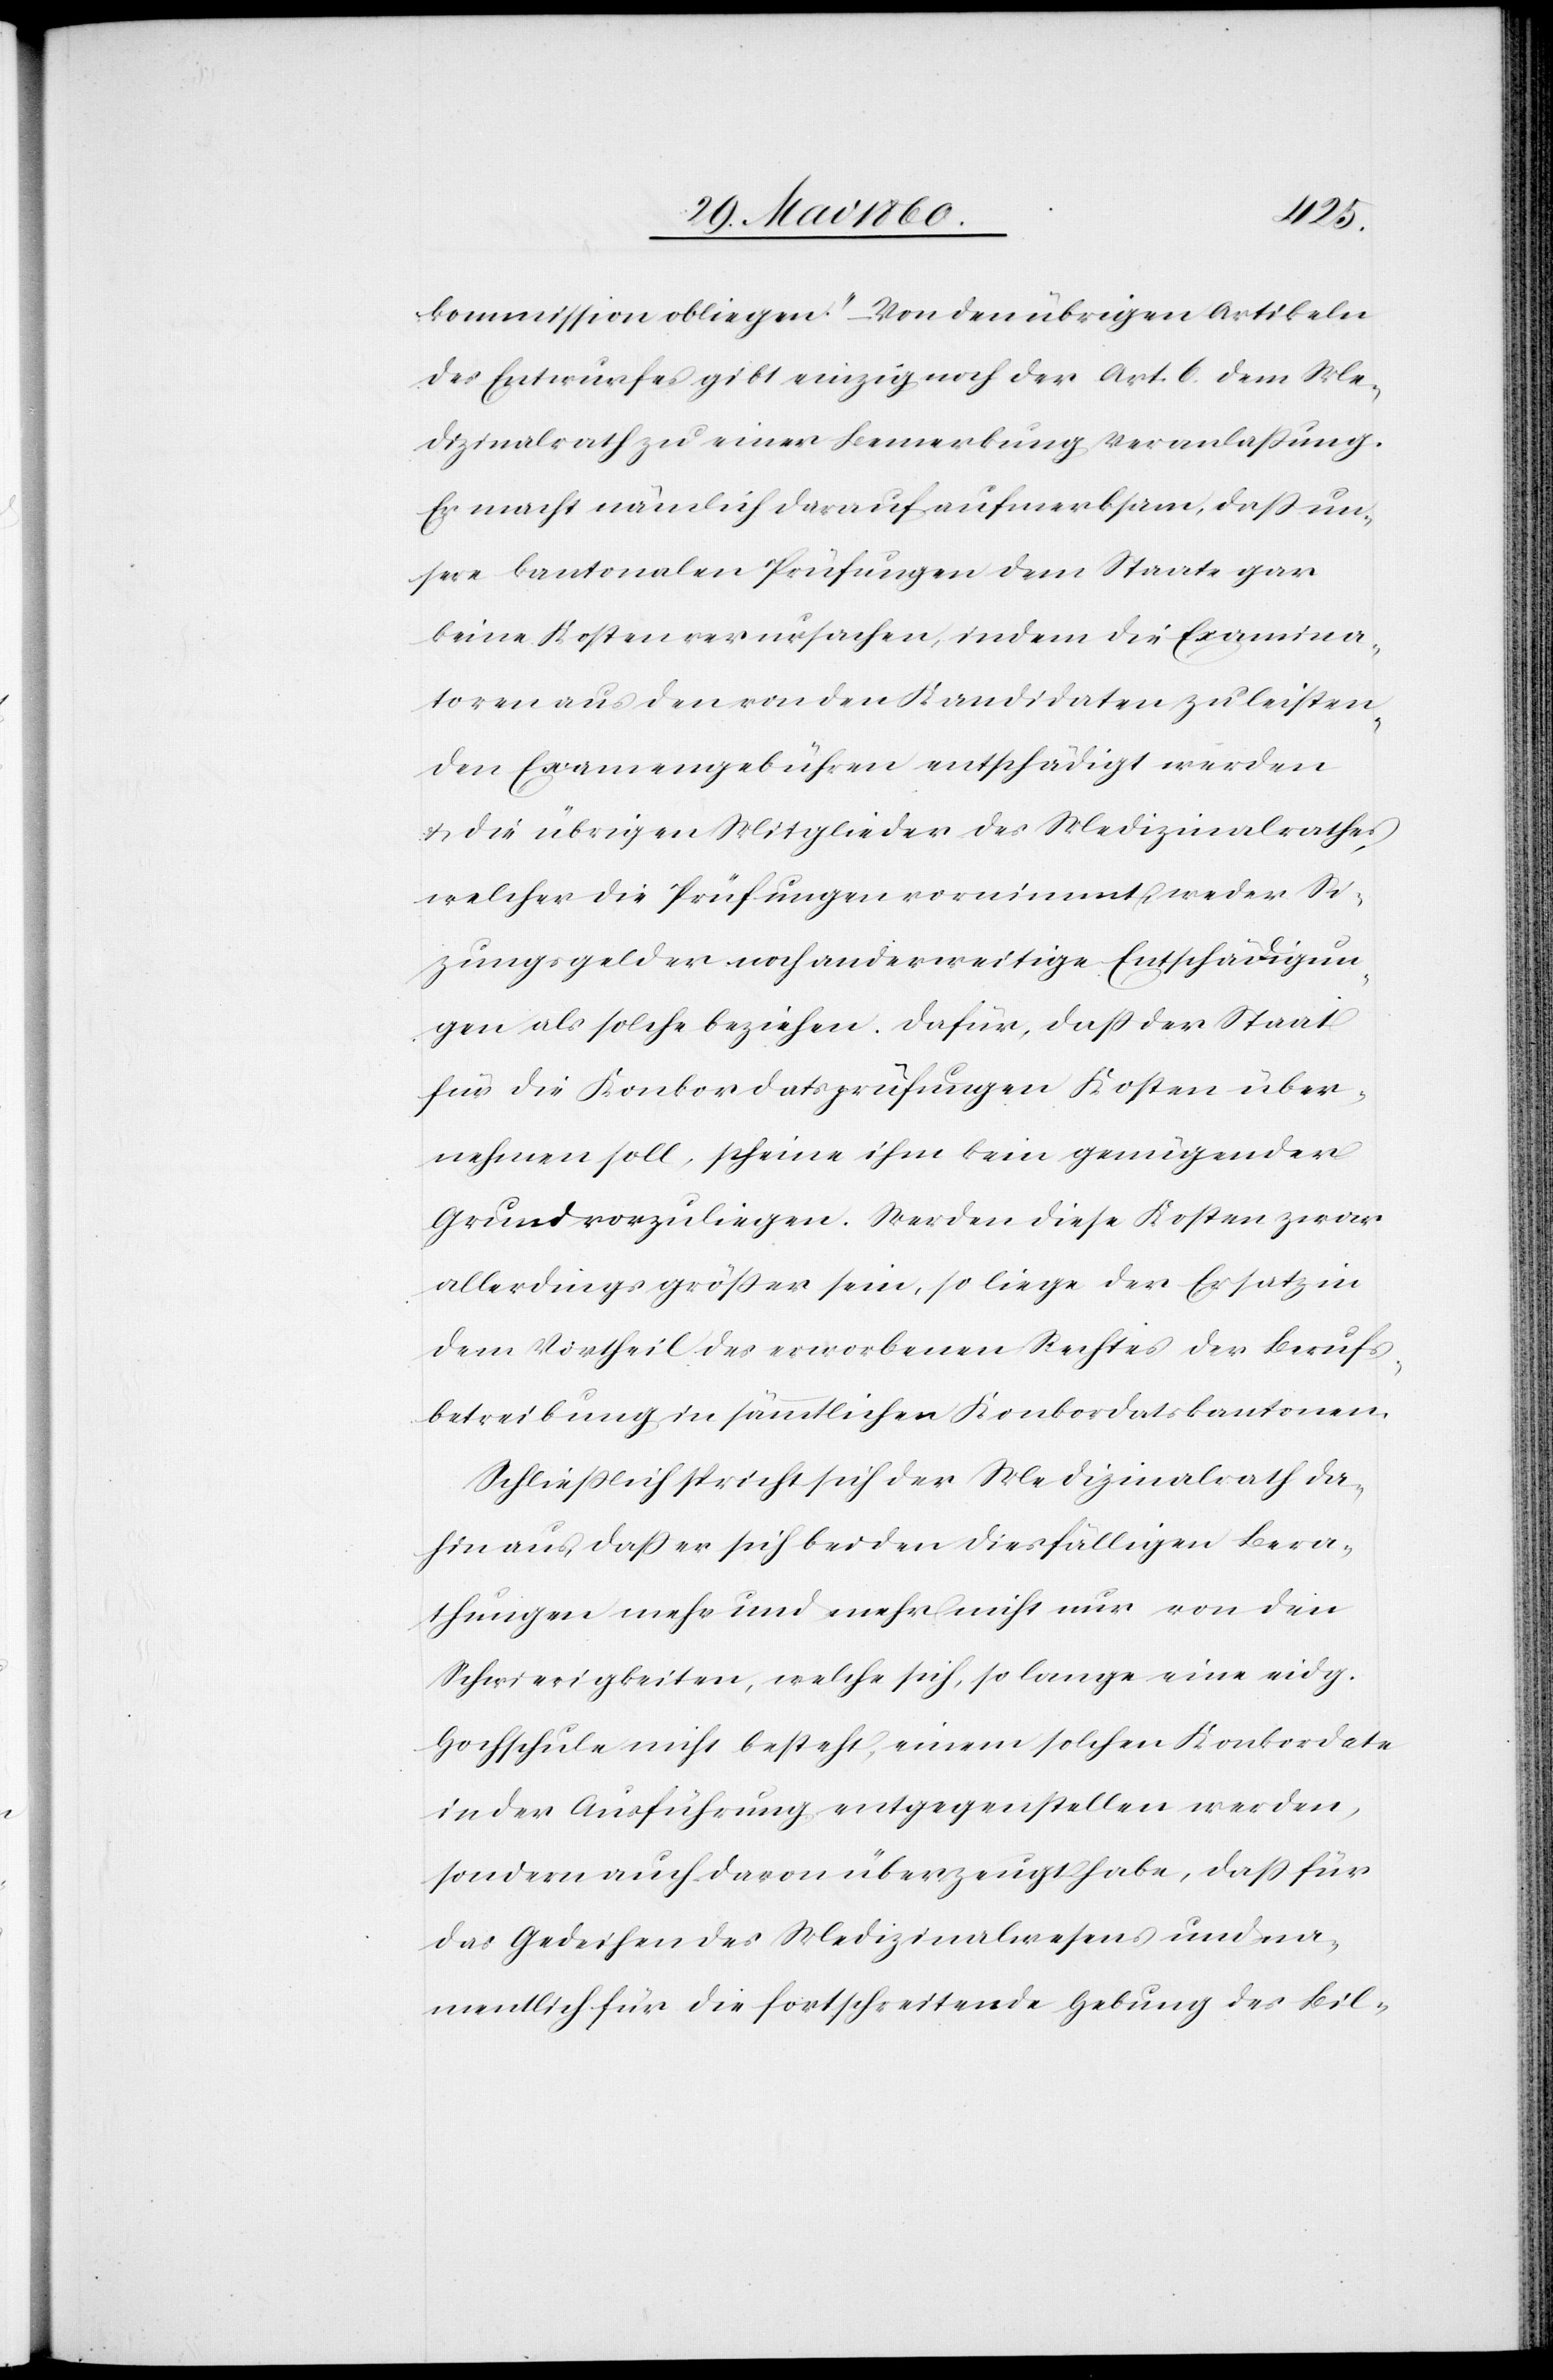
kommission obliegen;“ – Von den übrigen Artikeln
des Entwurfes gibt einzig noch der Art. 6. dem Me¬
dizinalrath zu einer Bemerkung Veranlassung.
Er macht nämlich darauf aufmerksam, dass un¬
sere kantonalen Prüfungen dem Staate gar
keine Kosten verursachen, indem die Examina¬
toren aus den von den Kandidaten zu leisten¬
den Examengebühren entschädigt werden
u. die übrigen Mitglieder des Medizinalrathes,
welcher die Prüfungen vornimmt, weder Si¬
zungsgelder noch anderweitige Entschädigun¬
gen als solche beziehen. Dafür, dass der Staat
für die Konkordatsprüfungen Kosten über¬
nehmen soll, scheine ihm kein genügender
Grund vorzuliegen. Werden diese Kosten zwar
allerdings größer sein, so liege der Ersatz in
dem Vortheil des erworbenen Rechtes der Berufs¬
betreibung in sämmtlichen Konkordatskantonen.
Schliesslich spricht sich der Medizinalrath da¬
hin aus, dass er sich bei den diesfälligen Bera¬
thungen mehr und mehr nicht nur von den
Schwierigkeiten, welche sich, so lange eine eidg.
Hochschule nicht besteht, einem solchen Konkordate
in der Ausführung entgegenstellen werden,
sondern auch davon überzeugt habe, dass für
das Gedeihen des Medizinalwesens und na¬
mentlich für die fortschreitende Hebung des Bil-